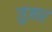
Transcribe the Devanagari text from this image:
जुंजार